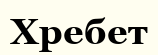
Хребет